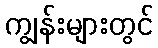
ကျွန်းများတွင်